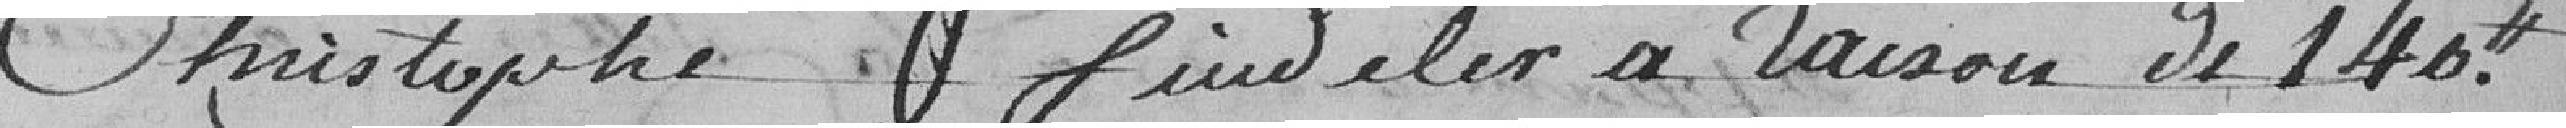
Christophe Findeler à raison de 140 francs